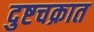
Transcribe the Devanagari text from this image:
दुष्टचक्रात